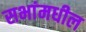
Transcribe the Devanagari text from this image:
सभांमधील